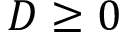
D \geq 0